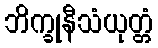
ဘိက္ခုနီသံယုတ္တံ